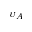
\upsilon _ { A }